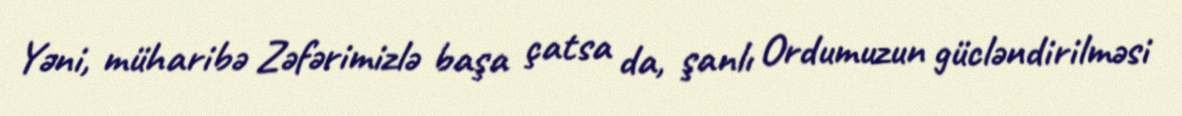
Yəni, müharibə Zəfərimizlə başa çatsa da, şanlı Ordumuzun gücləndirilməsi